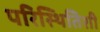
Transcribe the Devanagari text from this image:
परिस्थितिशी